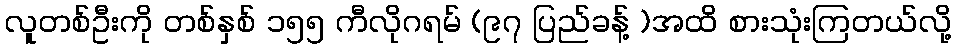
လူတစ်ဦးကို တစ်နှစ် ၁၅၅ ကီလိုဂရမ် (၉၇ ပြည်ခန့် )အထိ စားသုံးကြတယ်လို့